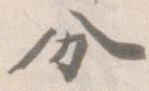
分